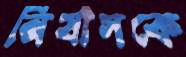
নির্যাসকে